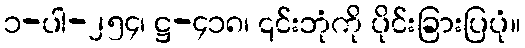
၁-ပါ-၂၅၄၊ ဋ္ဌ-၄၁၈၊ ၎င်းဘုံကို ပိုင်းခြားပြပုံ။